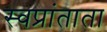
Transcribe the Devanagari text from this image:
स्वप्रांताता